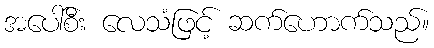
အပေါ်စီး လေသံဖြင့် ဆက်ဟောက်သည်။